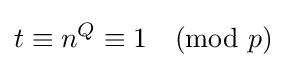
t\equiv n^{Q}\equiv 1{\pmod {p}}